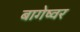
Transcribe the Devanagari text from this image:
बागेष्वर